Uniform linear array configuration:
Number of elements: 8
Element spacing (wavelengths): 1
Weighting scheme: kaiser
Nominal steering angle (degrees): -15
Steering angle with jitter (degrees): -14.825
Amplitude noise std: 0.05
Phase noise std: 0.05

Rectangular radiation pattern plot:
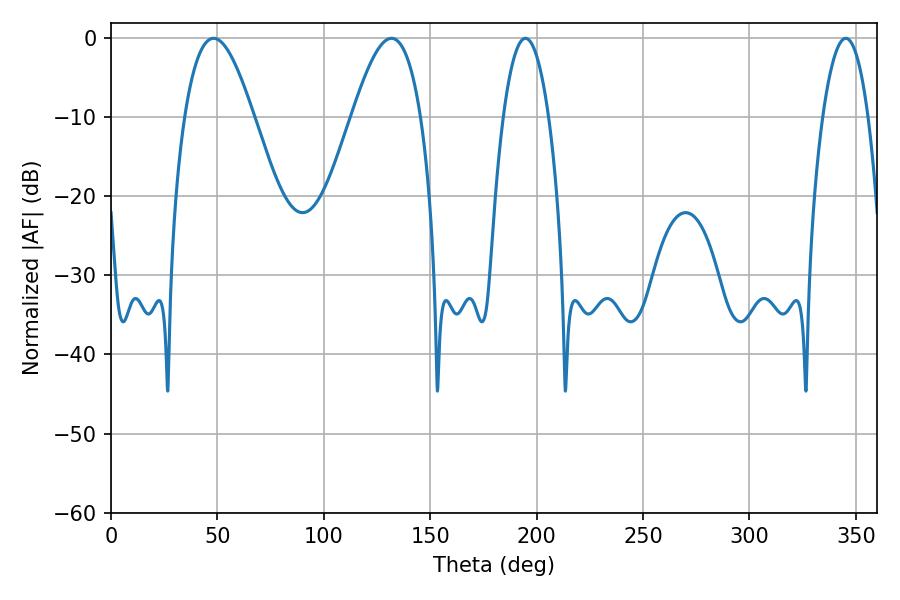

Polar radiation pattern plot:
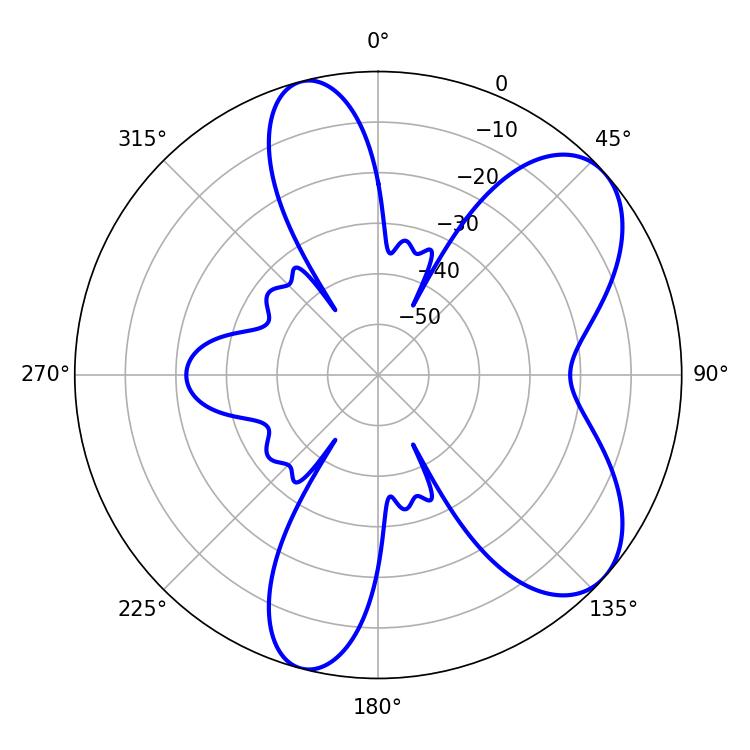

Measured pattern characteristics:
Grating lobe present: TRUE
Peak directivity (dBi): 7.052
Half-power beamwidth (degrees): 11.88
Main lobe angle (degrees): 194.76